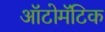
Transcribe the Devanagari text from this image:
ऑटोमॅटिक